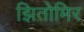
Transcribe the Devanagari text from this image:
झितोमिर